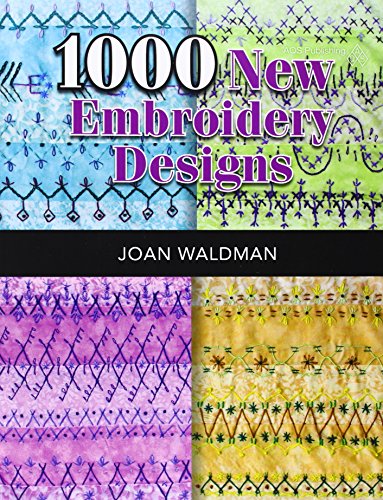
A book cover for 1000 New Embroidery Designs; Waldman; Crafts, Hobbies & Home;